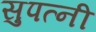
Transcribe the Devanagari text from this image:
सुपत्‍नी